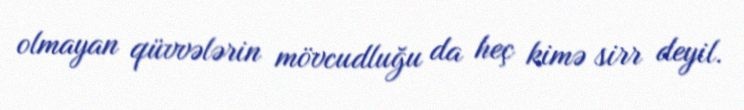
olmayan qüvvələrin mövcudluğu da heç kimə sirr deyil.